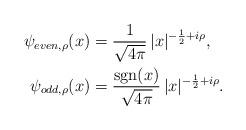
LaTeX: \begin{align*}\psi_{even, \rho}(x) & = \frac{1}{\sqrt{4\pi}}\,|x|^{-\frac{1}{2}+i\rho},\\\psi_{odd, \rho} (x) & = \frac{{\rm sgn} (x)}{\sqrt{4\pi}}\,|x|^{-\frac{1}{2} + i\rho}.\end{align*}